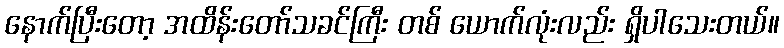
နောက်ပြီးတော့ အထိန်းတော်သခင်ကြီး တစ် ယောက်လုံးလည်း ရှိပါသေးတယ်။